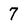
Character: 7